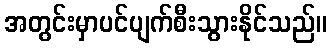
အတွင်းမှာပင်ပျက်စီးသွားနိုင်သည်။